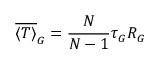
\overline { { \langle T \rangle } } _ { G } = \frac { N } { N - 1 } \tau _ { G } R _ { G }